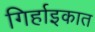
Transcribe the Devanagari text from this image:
गिर्हाइकात